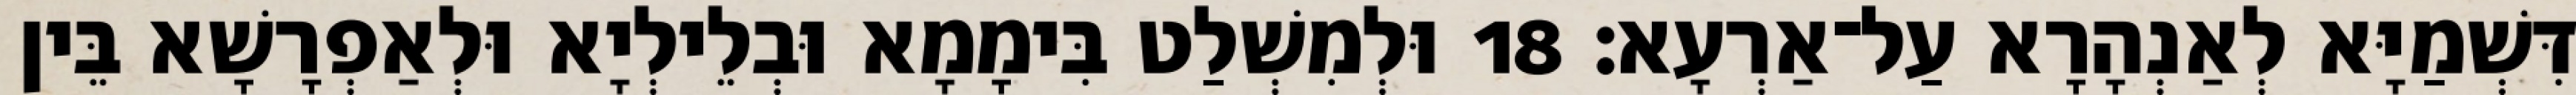
דִּשְׁמַיָּא לְאַנְהָרָא עַל־אַרְעָא׃ 18 וּלְמִשְׁלַט בִּימָמָא וּבְלֵילְיָא וּלְאַפְרָשָׁא בֵּין